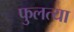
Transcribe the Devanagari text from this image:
फुलत्या